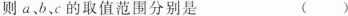
则a、b、c的取值范围分别是 ()